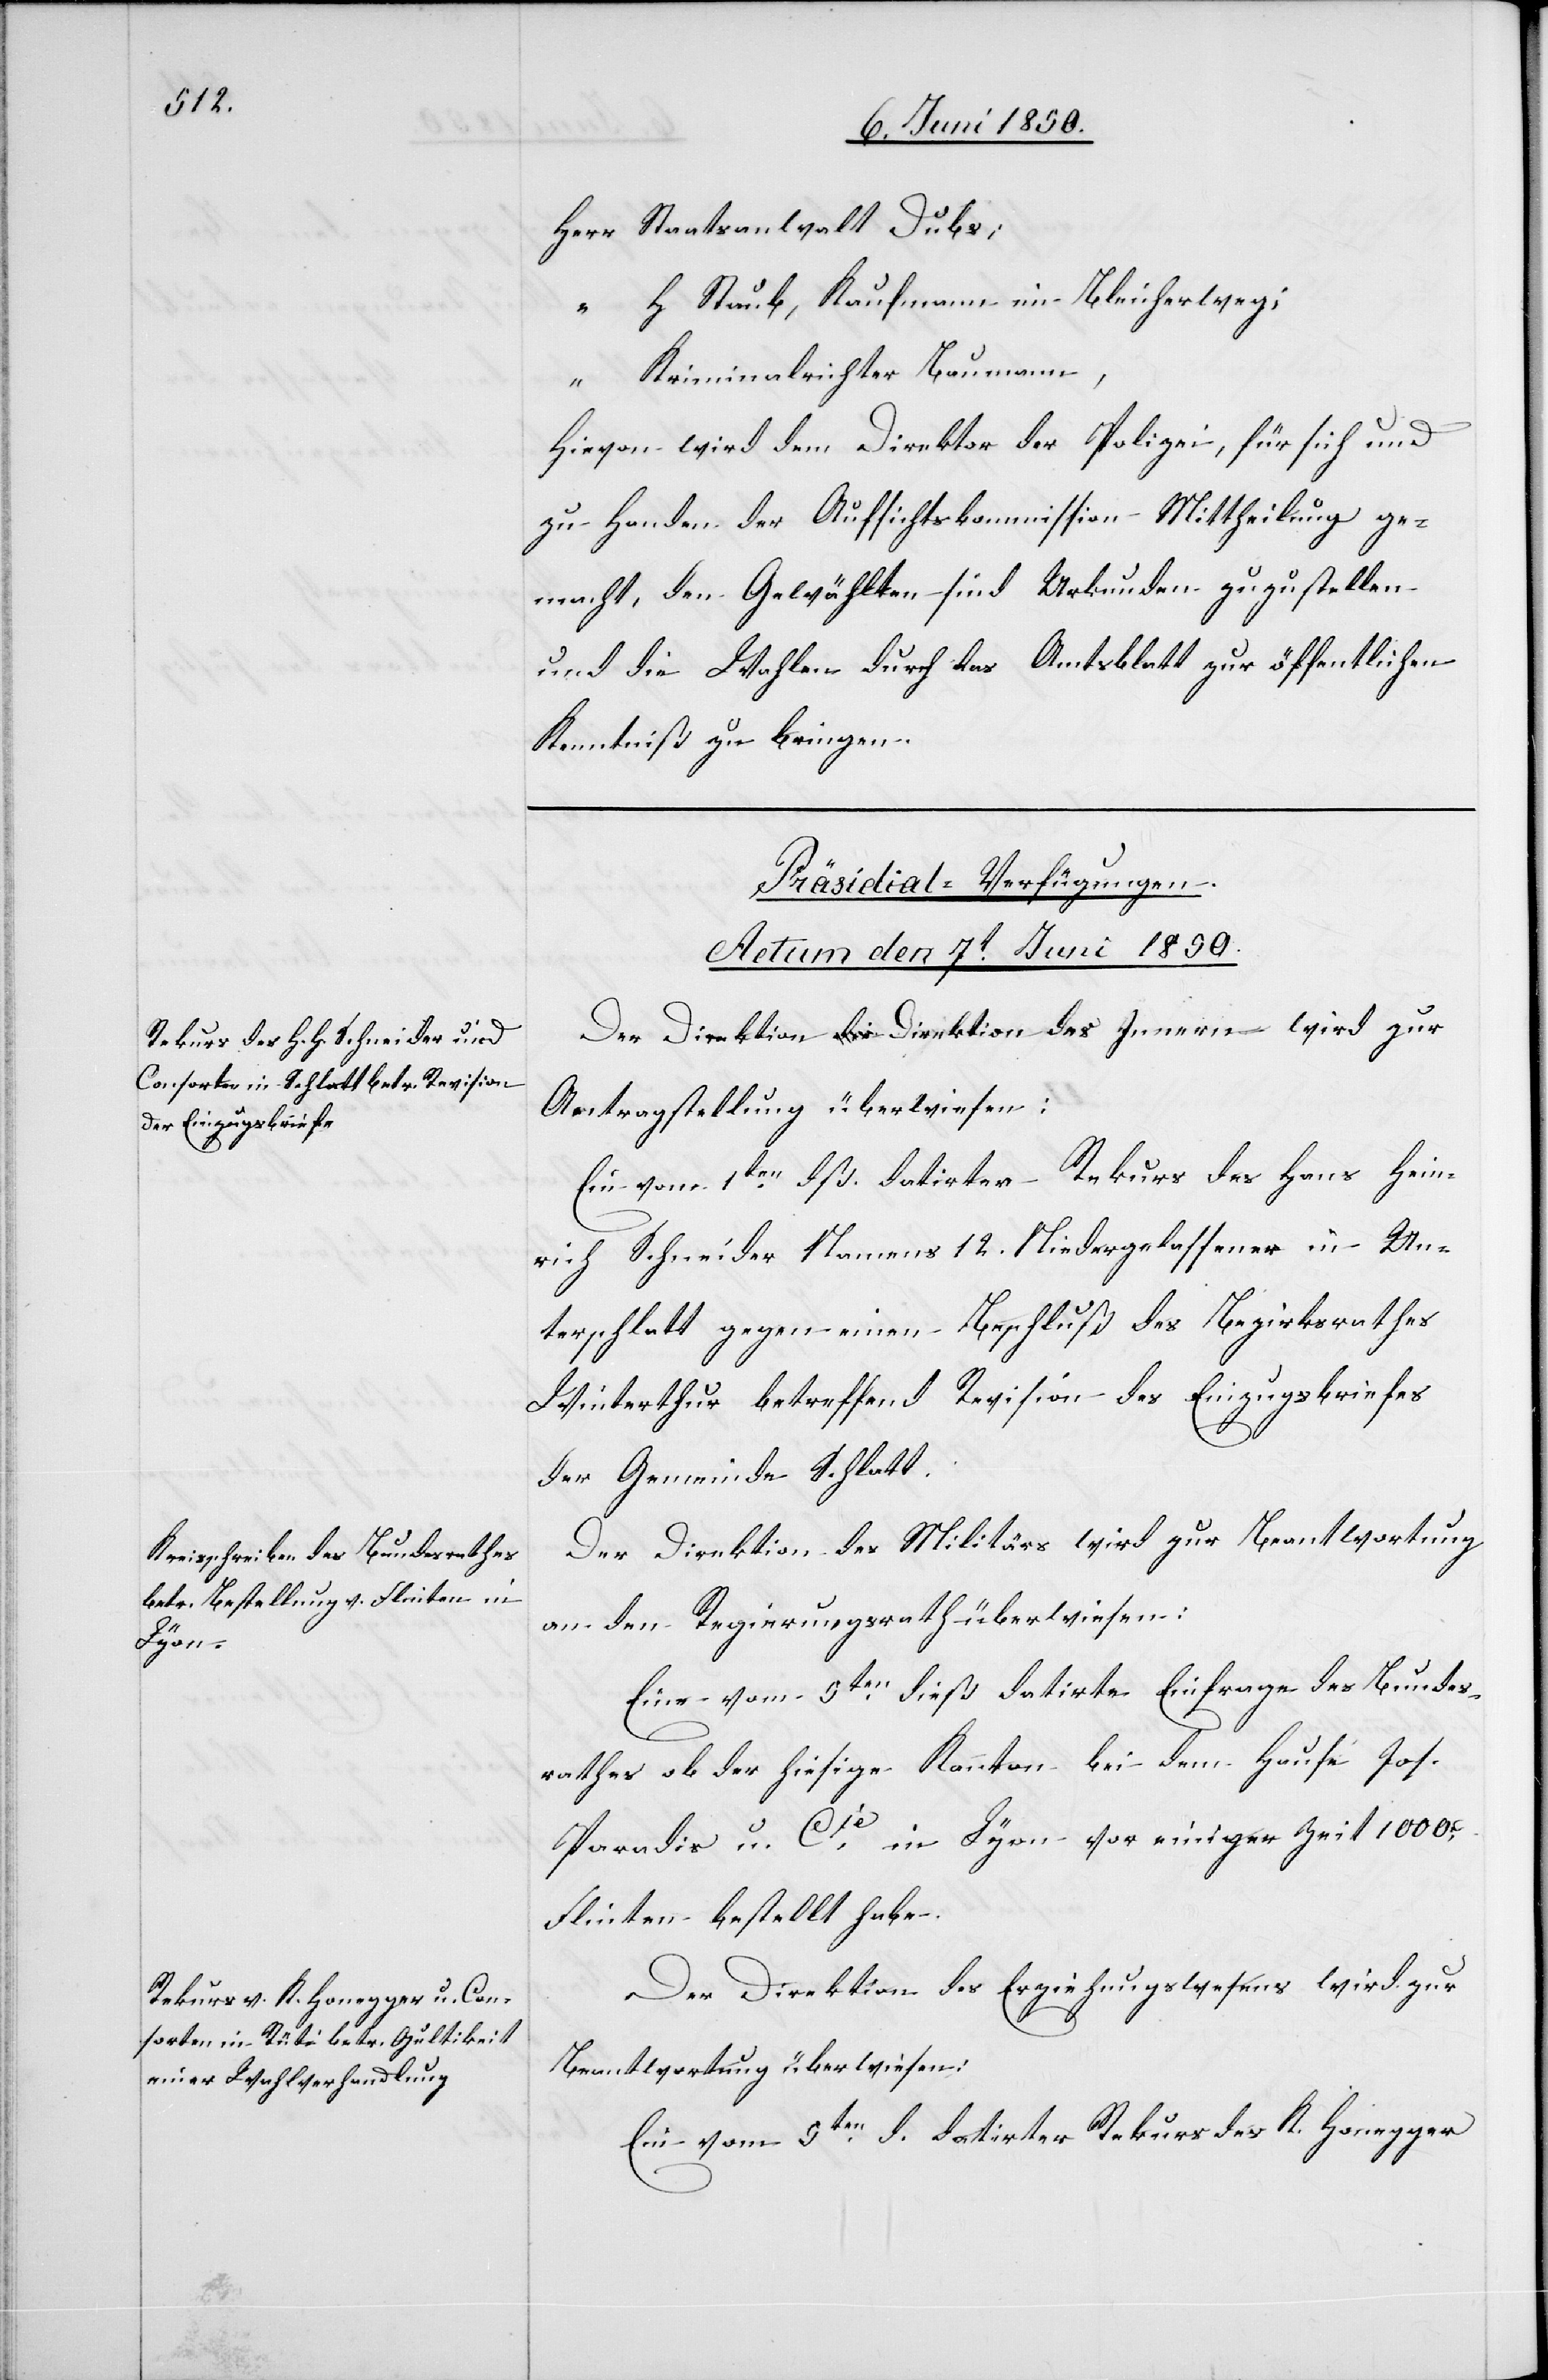
Herr Staatsanwalt Dubs;
“ H Staub, Kaufmann im Bleicherweg;
“ Kriminalrichter Baumann,
Hievon wird dem Direktor der Polizei, für sich und
zu Handen der Aufsichtskommission Mittheilung ge¬
macht, den Gewählten sind Urkunden zuzustellen
und die Wahlen durch das Amtsblatt zur öffentlichen
Kenntniß zu bringen.
[Präsidial-Verfügungen.
Actum den 7t Juni 1850.]
Der Direktion Direktion [sic!] des Innern wird zur
Antragstellung überwiesen:
Ein vom 1ten dß. datirter Rekurs des Hans Hein¬
rich Schneider Namens 12. Niedergelassener in Un¬
terschlatt gegen einen Beschluß des Bezirksrathes
Winterthur betreffend Revision des Einzugsbriefes
der Gemeinde Schlatt.
Der Direktion des Militärs wird zur Beantwortung
an den Regierungsrath überwiesen:
Eine vom 5ten dieß datirte Einfrage des Bundes¬
rathes ob der hiesige Kanton bei dem Hause Jos.
Paradis u. Cie in Lyon vor einiger Zeit 1000[?C]
Flinten bestellt habe.
Der Direktion des Erziehungswesens wird zur
Beantwortung überwiesen:
Ein vom 5ten d. datirter Rekurs des K. Honegger